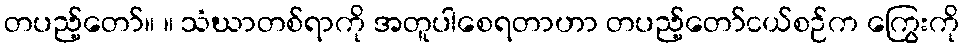
တပည့်တော်။ ။ သံဃာတစ်ရာကို အတူပါစေရတာဟာ တပည့်တော်ငယ်စဉ်က ကြွေးကို